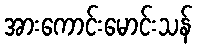
အားကောင်းမောင်းသန်